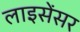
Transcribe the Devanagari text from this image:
लाइसेंसर